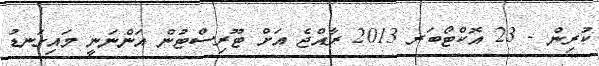
ކުރިން - 23 އޮކްޓޯބަރ 2013 ރާއްޖެ އަށް ޓޫރިސްޓުން އަންނަނީ މައިގަނޑު